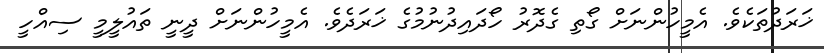
ޚަރަދުތަކެވެ. އެމީހުންނަށް ގޯތި ގެދޮރު ހޯދައިދުނުމުގެ ޚަރަދެވެ. އެމީހުންނަށް ދީނީ ތައުލީމީ ސިއްހީ